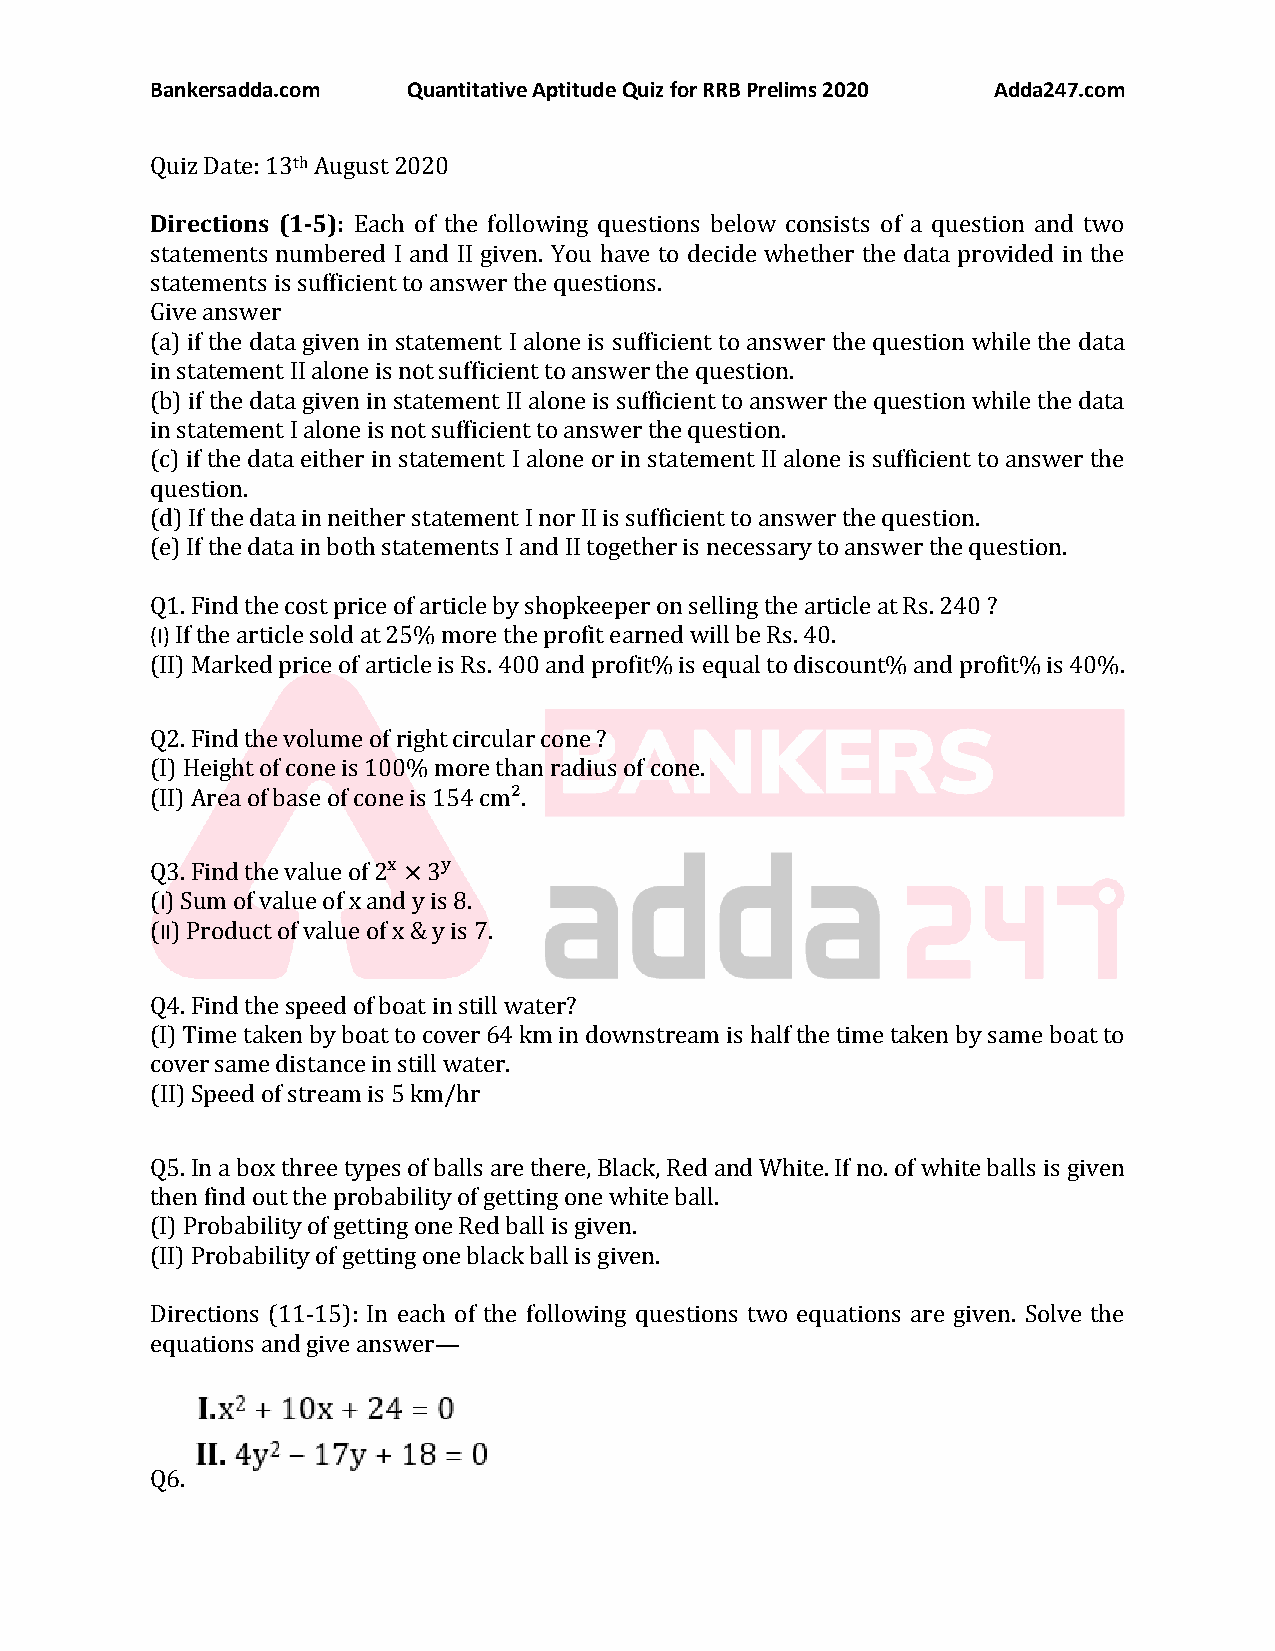
Bankersadda.com  Quantitative Aptitude Quiz for RRB Prelims 2020 Adda247.com
 Quiz Date: 13th August 2020
 Directions (1-5): Each of the following questions below consists of a question and two
 statements numbered I and II given. You have to decide whether the data provided in the
 statements is sufficient to answer the questions.
 Give answer
 (a) if the data given in statement I alone is sufficient to answer the question while the data
 in statement II alone is not sufficient to answer the question.
 (b) if the data given in statement II alone is sufficient to answer the question while the data
 in statement I alone is not sufficient to answer the question.
 (c) if the data either in statement I alone or in statement II alone is sufficient to answer the
 question.
 (d) If the data in neither statement I nor II is sufficient to answer the question.
 (e) If the data in both statements I and II together is necessary to answer the question.
 Q1. Find the cost price of article by shopkeeper on selling the article at Rs. 240 ?
 (I) If the article sold at 25% more the profit earned will be Rs. 40.
 (II) Marked price of article is Rs. 400 and profit% is equal to discount% and profit% is 40%.
 Q2. Find the volume of right circular cone ?
 (I) Height of cone is 100% more than radius of cone.
 (II) Area of base of cone is 154 cm².
 Q3. Find the value of 2x ×3y
 (I) Sum of value of x and y is 8.
 (II) Product of value of x & y is 7.
 Q4. Find the speed of boat in still water?
 (I) Time taken by boat to cover 64 km in downstream is half the time taken by same boat to
 cover same distance in still water.
 (II) Speed of stream is 5 km/hr
 Q5. In a box three types of balls are there, Black, Red and White. If no. of white balls is given
 then find out the probability of getting one white ball.
 (I) Probability of getting one Red ball is given.
 (II) Probability of getting one black ball is given.
 Directions (11-15): In each of the following questions two equations are given. Solve the
 equations and give answer—
 Q6.